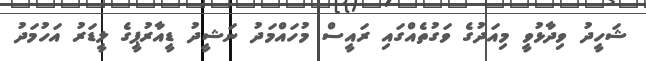
ޝަހީދު ވިދާޅުވީ މިއަދުގެ ވަގުތެއްގައި ރައީސް މުހައްމަދު ނަޝީދު ޑީއާރުޕީގެ ލީޑަރު އަހުމަދު